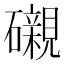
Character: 𥗒